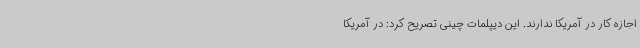
اجازه کار در آمریکا ندارند. این دیپلمات چینی تصریح کرد: در آمریکا